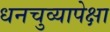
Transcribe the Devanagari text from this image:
धनचुव्यापेक्षा